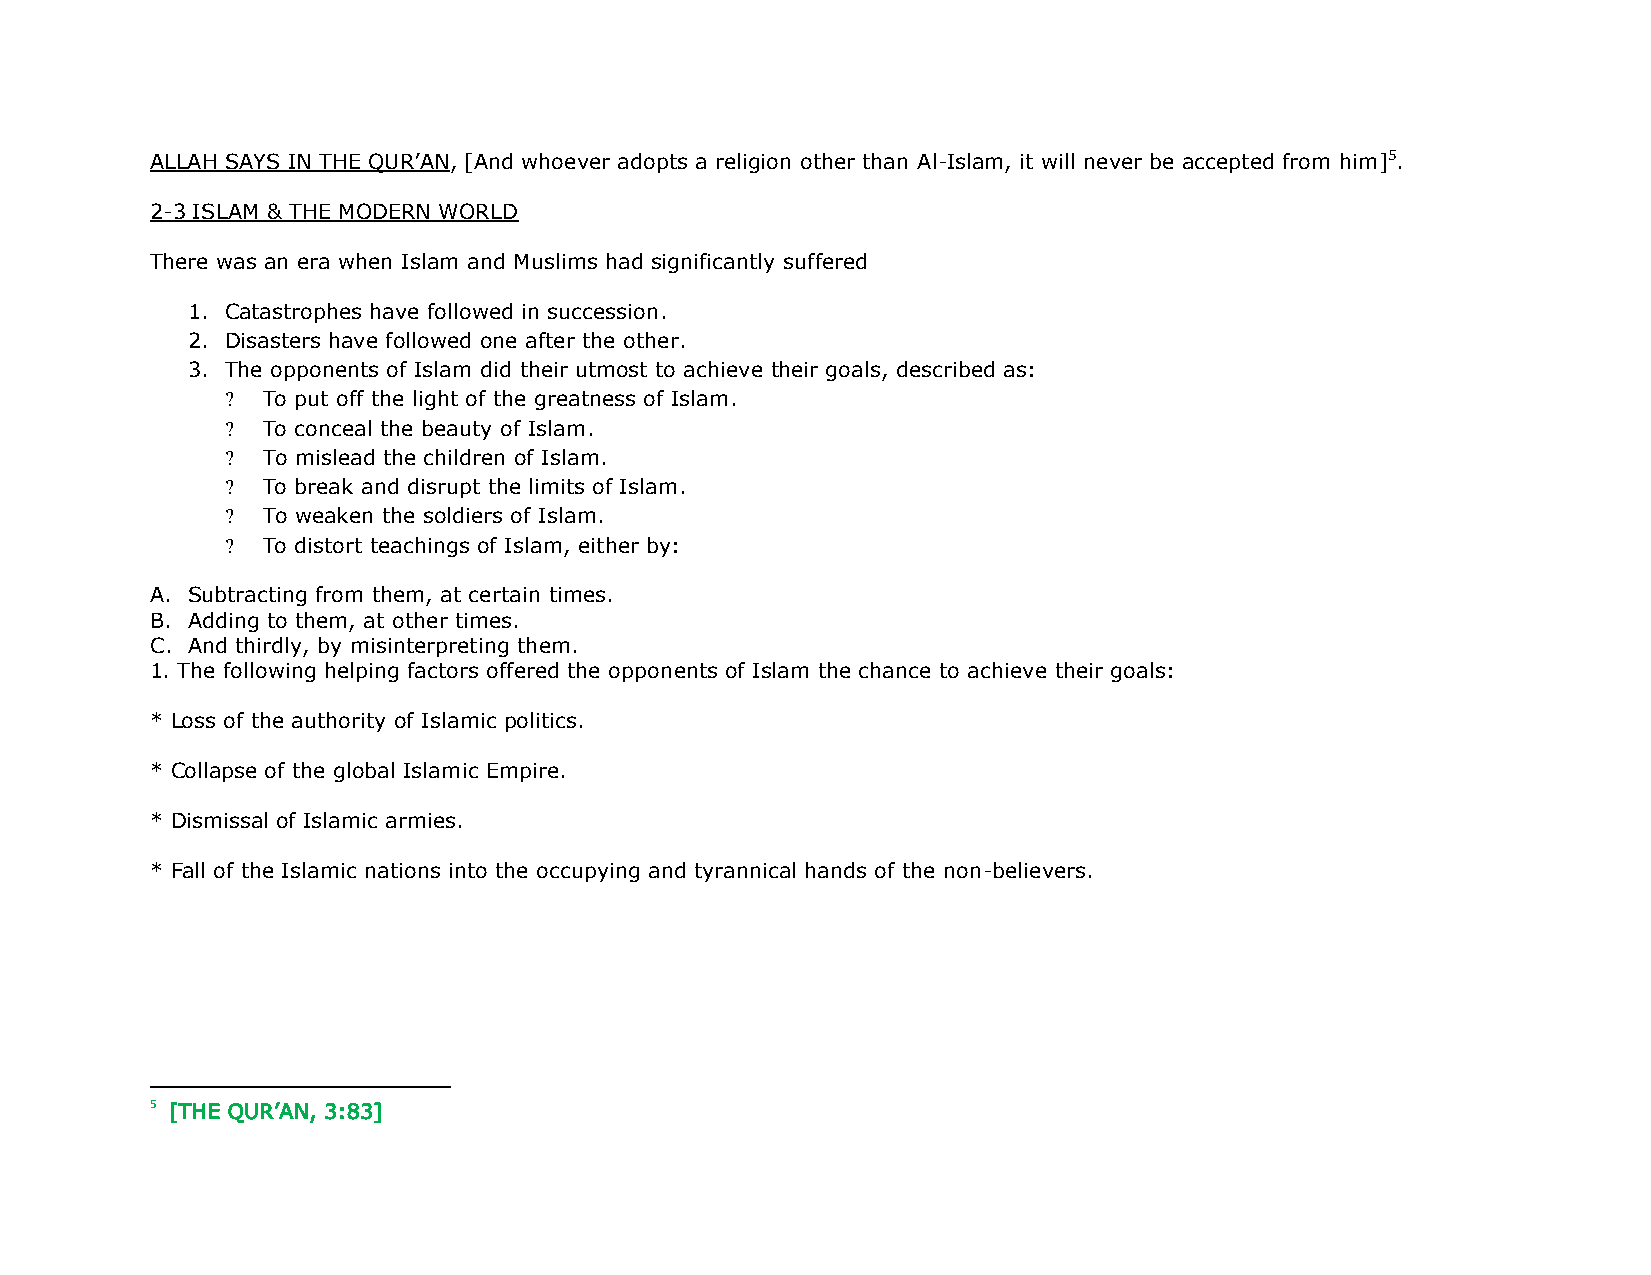
ALLAH SAYS IN THE QUR’AN, [And whoever adopts a religion other than Al-Islam, it will never be accepted from him]5.
 2-3 ISLAM & THE MODERN WORLD
 There was an era when Islam and Muslims had significantly suffered
 1. Catastrophes have followed in succession.
 2. Disasters have followed one after the other.
 3. The opponents of Islam did their utmost to achieve their goals, described as:
 ? To put off the light of the greatness of Islam.
 ? To conceal the beauty of Islam.
 ? To mislead the children of Islam.
 ? To break and disrupt the limits of Islam.
 ? To weaken the soldiers of Islam.
 ? To distort teachings of Islam, either by:
 A. Subtracting from them, at certain times.
 B. Adding to them, at other times.
 C. And thirdly, by misinterpreting them.
 1. The following helping factors offered the opponents of Islam the chance to achieve their goals:
 * Loss of the authority of Islamic politics.
 * Collapse of the global Islamic Empire.
 * Dismissal of Islamic armies.
 * Fall of the Islamic nations into the occupying and tyrannical hands of the non-believers.
 5 [THE QUR’AN, 3:83]